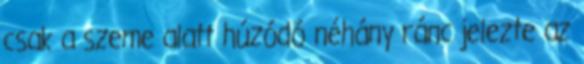
csak a szeme alatt húzódó néhány ránc jelezte az